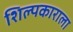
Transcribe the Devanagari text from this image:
शिल्पकाराला